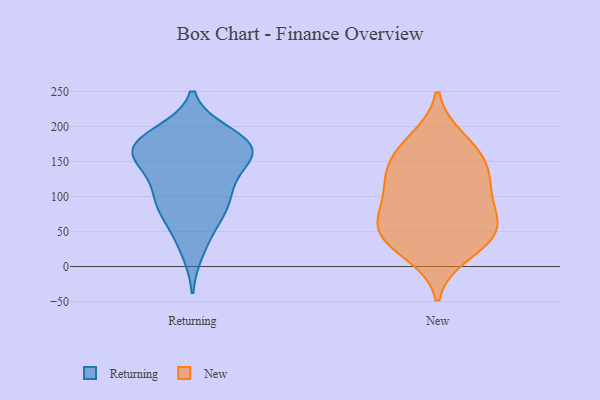
{"axis": {"x": "LTV (USD)", "y": "Value"}, "legend": ["New", "Returning"], "data": [{"x": "", "y": 51, "type": "Returning"}, {"x": "", "y": 156, "type": "Returning"}, {"x": "", "y": 157, "type": "Returning"}, {"x": "", "y": 190, "type": "Returning"}, {"x": "", "y": 94, "type": "Returning"}, {"x": "", "y": 96, "type": "Returning"}, {"x": "", "y": 87, "type": "Returning"}, {"x": "", "y": 73, "type": "Returning"}, {"x": "", "y": 126, "type": "Returning"}, {"x": "", "y": 161, "type": "Returning"}, {"x": "", "y": 155, "type": "Returning"}, {"x": "", "y": 110, "type": "Returning"}, {"x": "", "y": 172, "type": "Returning"}, {"x": "", "y": 161, "type": "Returning"}, {"x": "", "y": 176, "type": "Returning"}, {"x": "", "y": 22, "type": "Returning"}, {"x": "", "y": 186, "type": "Returning"}, {"x": "", "y": 180, "type": "Returning"}, {"x": "", "y": 85, "type": "New"}, {"x": "", "y": 20, "type": "New"}, {"x": "", "y": 100, "type": "New"}, {"x": "", "y": 58, "type": "New"}, {"x": "", "y": 166, "type": "New"}, {"x": "", "y": 45, "type": "New"}, {"x": "", "y": 49, "type": "New"}, {"x": "", "y": 47, "type": "New"}, {"x": "", "y": 118, "type": "New"}, {"x": "", "y": 140, "type": "New"}, {"x": "", "y": 180, "type": "New"}, {"x": "", "y": 141, "type": "New"}]}